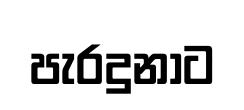
පැරදුනාට